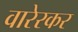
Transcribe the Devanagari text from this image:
वारेरकर